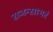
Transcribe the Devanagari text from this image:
राजन्सागरं